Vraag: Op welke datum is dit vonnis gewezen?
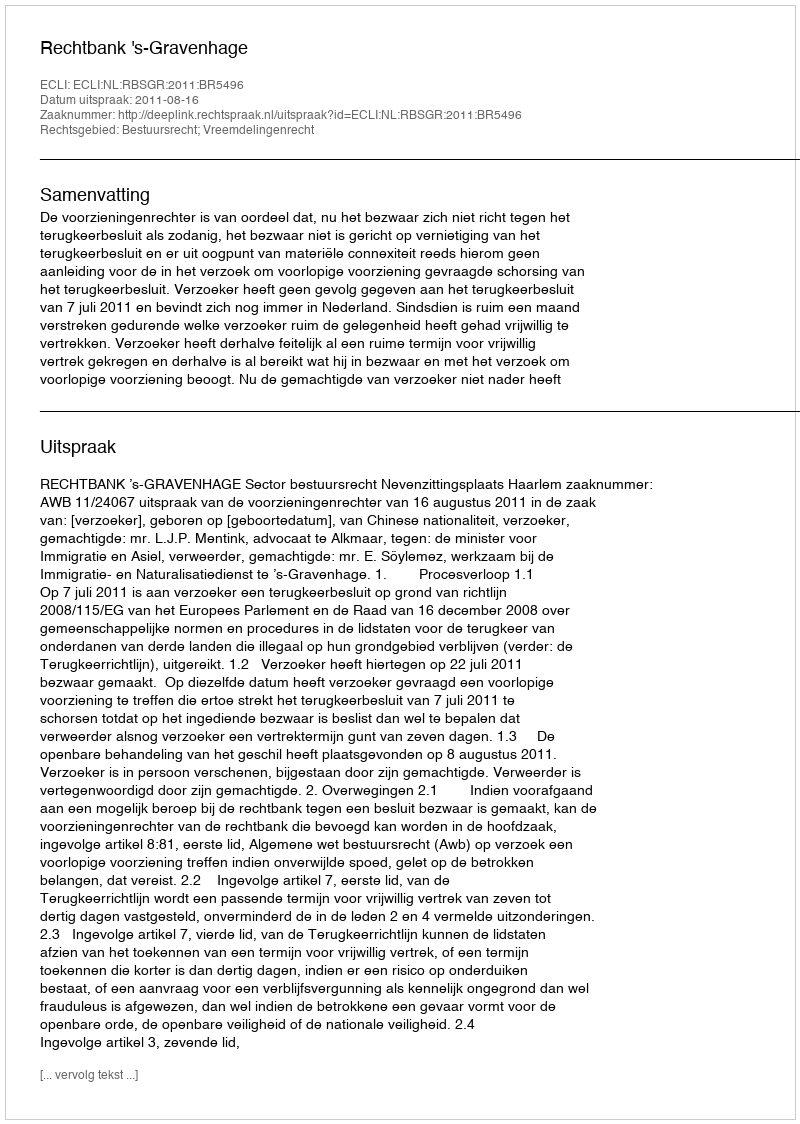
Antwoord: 2011-08-16